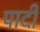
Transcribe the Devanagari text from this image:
पादीं